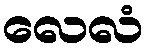
လေလံ